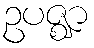
ဥပဇ္ဈာ